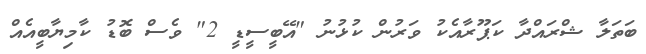
ބަތަލާ ޝްރައްދާ ކަޕޫރާއެކު ވަރުން ކުޅުނު "އޭބީސީޑީ 2" ވެސް ބޮޑު ކާމިޔާބީއެއް